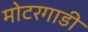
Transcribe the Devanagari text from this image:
मोटरगाडी